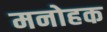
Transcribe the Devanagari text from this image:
मनोहक